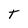
Character: T